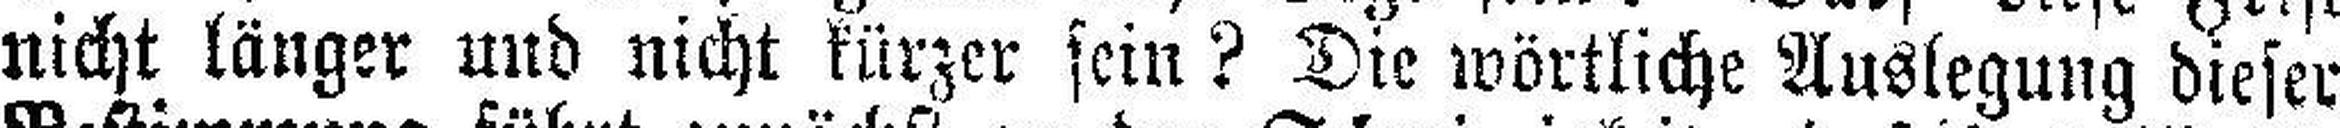
nicht länger und nicht kürzer sein? Die wörtliche Auslegung dieser